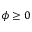
\phi \geq 0